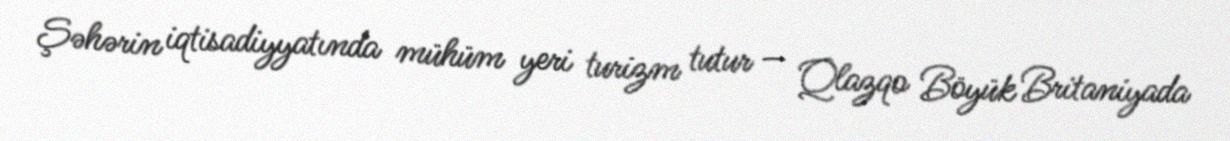
Şəhərin iqtisadiyyatında mühüm yeri turizm tutur — Qlazqo Böyük Britaniyada